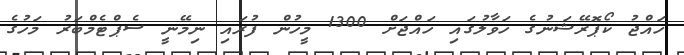
ހައްޖު ކޯޕޮރޭޝަނުގެ ހަވާލުގައި ހައްޖަށް 1300 މީހުން ފުރައި ނިމޭނީ ސެޕްޓެމްބަރު މަހުގެ